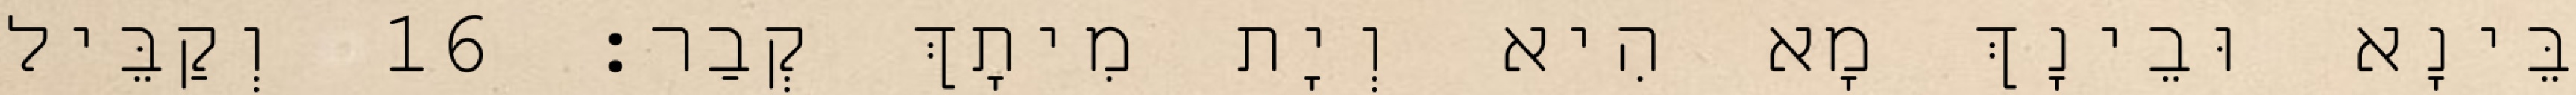
בֵּינָא וּבֵינָךְ מָא הִיא וְיָת מִיתָךְ קְבַר׃ 16 וְקַבֵּיל